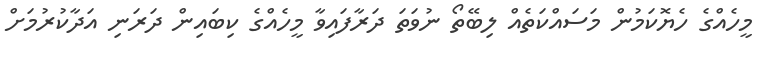
މީހެއްގެ ހެޔޮކަމުން މަސައްކަތެއް ލިބޭތޯ ނުވަތަ ދަރާފައިވާ މީހެއްގެ ކިބައިން ދަރަނި އަދާކުރުމަށް